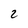
Character: 2